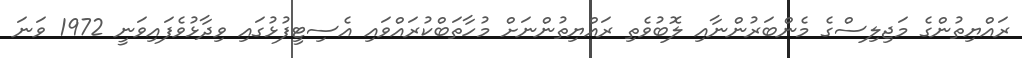
ރައްޔިތުންގެ މަޖިލިސްގެ މެންބަރުންނާއި ލޮބުވެތި ރައްޔިތުންނަށް މުހާތަބްކުރައްވައި އެސިޓީފުޅުގައި ވިދާޅުވެފައިވަނީ 1972 ވަނަ